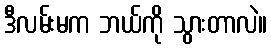
ဒီလမ်းမက ဘယ်ကို သွားတာလဲ။